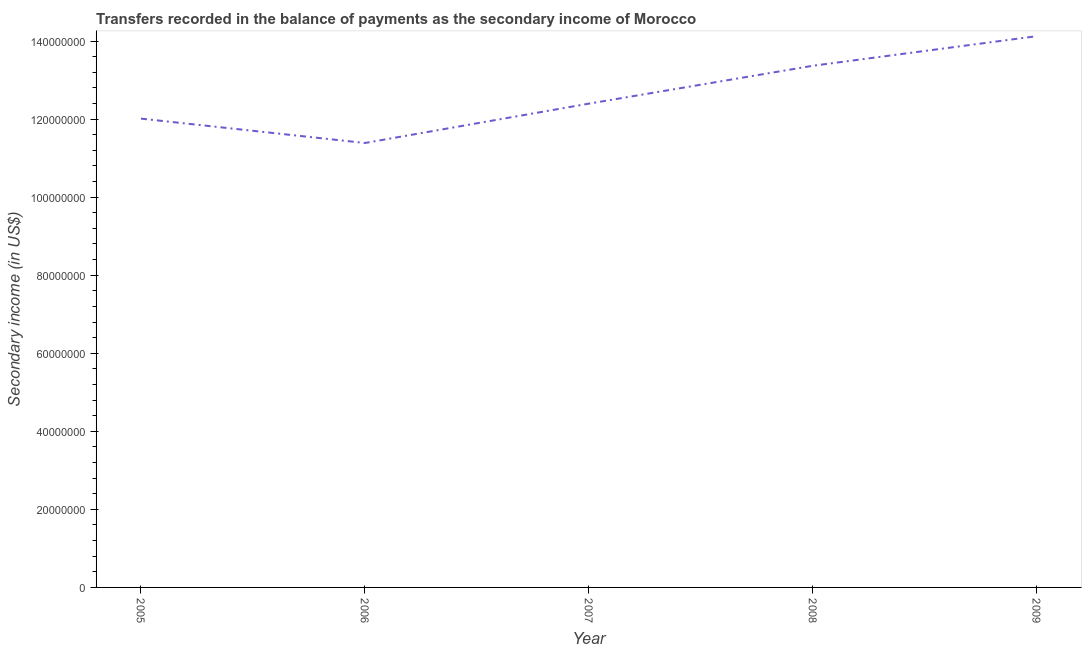
| Year | Secondary income |
 | --- | --- |
 | 2005 | 1.2e+08 |
 | 2006 | 1.14e+08 |
 | 2007 | 1.24e+08 |
 | 2008 | 1.34e+08 |
 | 2009 | 1.41e+08 |